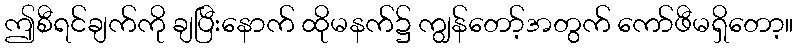
ဤစီရင်ချက်ကို ချပြီးနောက် ထိုမနက်၌ ကျွန်တော့်အတွက် ကော်ဖီမရှိတော့။